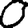
Digit: 0